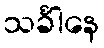
သင်္ခါနေ